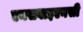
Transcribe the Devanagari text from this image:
एनसवाइएनसी